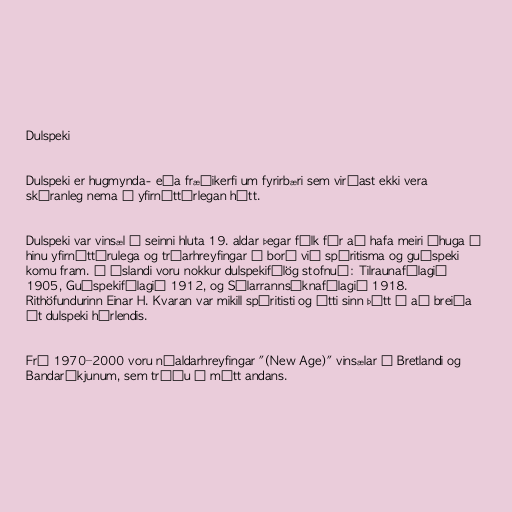
Dulspeki

Dulspeki er hugmynda- eða fræðikerfi um fyrirbæri sem virðast ekki vera
skýranleg nema á yfirnáttúrlegan hátt.

Dulspeki var vinsæl á seinni hluta 19. aldar þegar fólk fór að hafa meiri áhuga á
hinu yfirnáttúrulega og trúarhreyfingar á borð við spíritisma og guðspeki
komu fram. Á Íslandi voru nokkur dulspekifélög stofnuð: Tilraunafélagið
1905, Guðspekifélagið 1912, og Sálarrannsóknafélagið 1918.
Rithöfundurinn Einar H. Kvaran var mikill spíritisti og átti sinn þátt í að breiða
út dulspeki hérlendis.

Frá 1970–2000 voru nýaldarhreyfingar "(New Age)" vinsælar í Bretlandi og
Bandaríkjunum, sem trúðu á mátt andans.